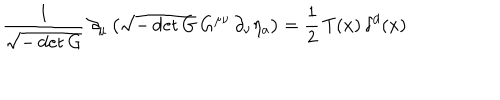
LaTeX: \frac { 1 } { \sqrt { - \det G } } \, \partial _ { \mu } \left( \sqrt { - \det G } \, G ^ { \mu \nu } \, \partial _ { \nu } \eta _ { a } \right) = \frac { 1 } { 2 } \, T ( x ) \, \delta ^ { d } ( x )